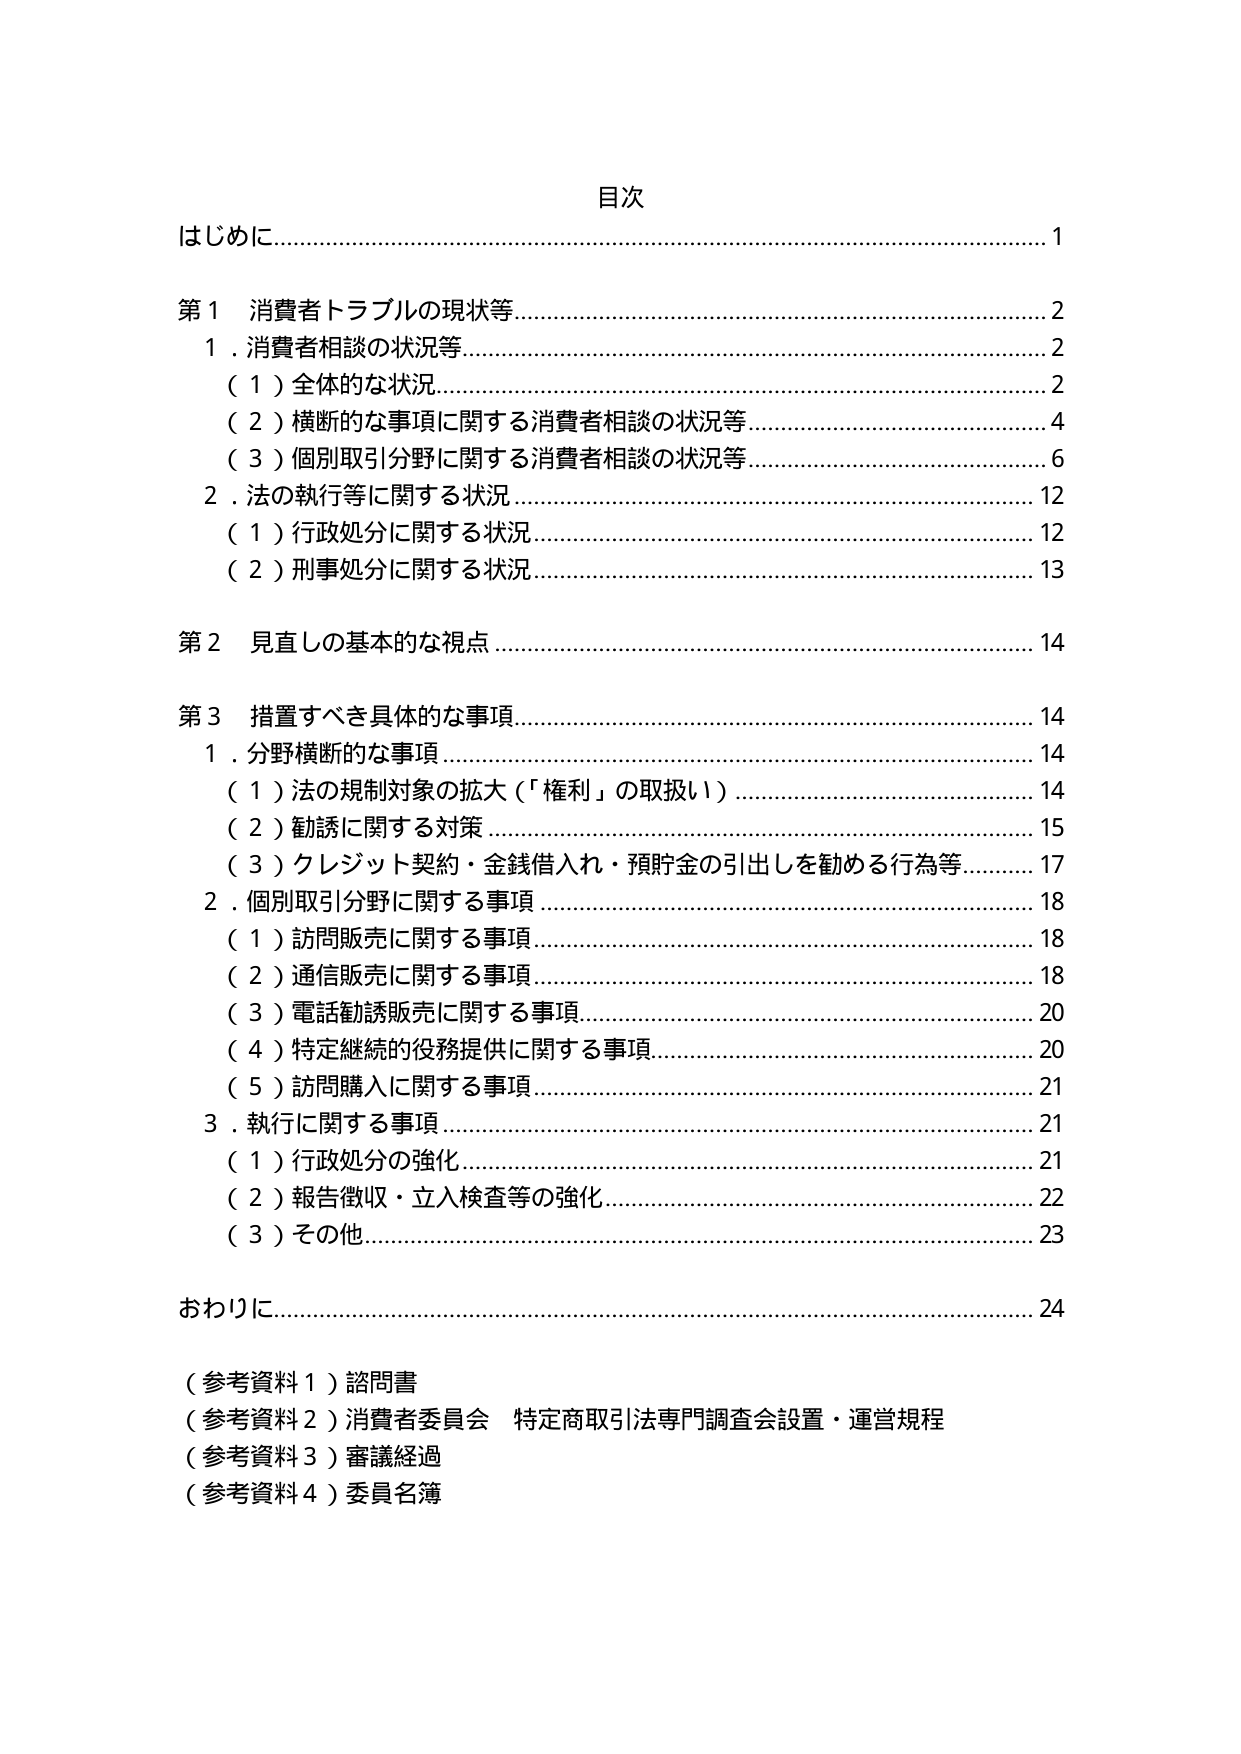
目次
はじめに…………………………………………………………………………………1
第１ 消費者トラブルの現状等…………………………………………………………2
　１．消費者相談の状況等……………………………………………………………2
　　（１）全体的な状況………………………………………………………………2
　　（２）横断的な事項に関する消費者相談の状況等………………………………4
　　（３）個別取引分野に関する消費者相談の状況等………………………………6
　２．法の執行等に関する状況………………………………………………………12
　　（１）行政処分に関する状況………………………………………………………12
　　（２）刑事処分に関する状況………………………………………………………13
第２ 見直しの基本的な視点…………………………………………………………14
第３ 措置すべき具体的な事項………………………………………………………14
　１．分野横断的な事項………………………………………………………………14
　　（１）法の規制対象の拡大（「権利」の取扱い）………………………………14
　　（２）勧誘に関する対策……………………………………………………………15
　　（３）クレジット契約・金銭借入れ・預貯金の引出しを勧める行為等…………17
　２．個別取引分野に関する事項……………………………………………………18
　　（１）訪問販売に関する事項………………………………………………………18
　　（２）通信販売に関する事項………………………………………………………18
　　（３）電話勧誘販売に関する事項…………………………………………………20
　　（４）特定継続的役務提供に関する事項…………………………………………20
　　（５）訪問購入に関する事項………………………………………………………21
　３．執行に関する事項………………………………………………………………21
　　（１）行政処分の強化………………………………………………………………21
　　（２）報告徴収・立入検査等の強化………………………………………………22
　　（３）その他…………………………………………………………………………23
おわりに…………………………………………………………………………………24
（参考資料１）諮問書
（参考資料２）消費者委員会 特定商取引法専門調査会設置・運営規程
（参考資料３）審議経過
（参考資料４）委員名簿